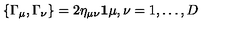
\{ \Gamma _ { \mu } , \Gamma _ { \nu } \} = 2 \eta _ { \mu \nu } { \bf 1 } \mu , \nu = 1 , \ldots , D